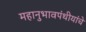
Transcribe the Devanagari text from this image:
महानुभावपंथीयांचे